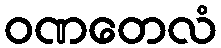
ဝဏတေလံ